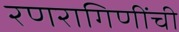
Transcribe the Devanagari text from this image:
रणरागिणींची